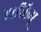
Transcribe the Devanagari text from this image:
शक्तिम्‌